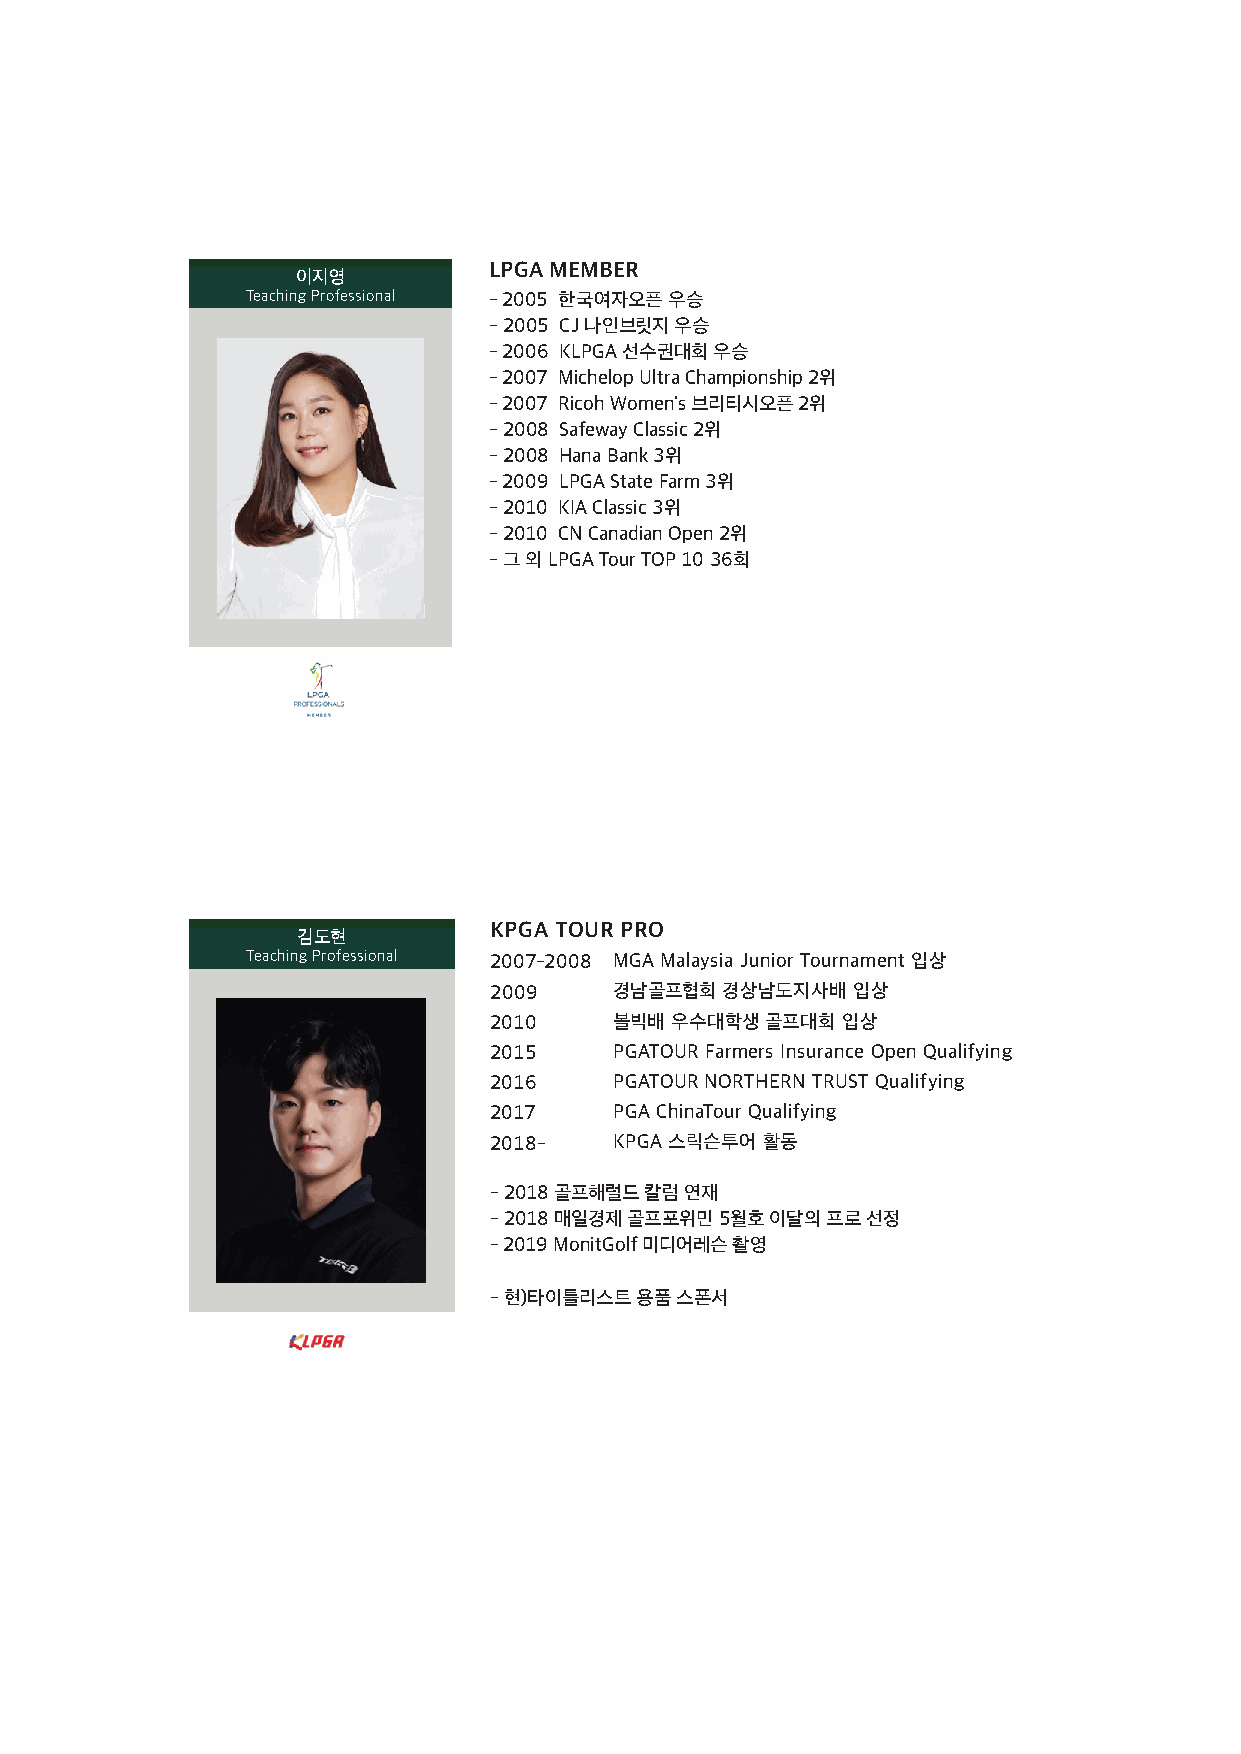
LPGA MEMBER
 이지영
 Teaching Professional - 2005 한국여자오픈 우승
 - 2005 CJ 나인브릿지 우승
 - 2006 KLPGA 선수권대회 우승
 - 2007 Michelop Ultra Championship 2위
 - 2007 Ricoh Women's 브리티시오픈 2위
 - 2008 Safeway Classic 2위
 - 2008 Hana Bank 3위
 - 2009 LPGA State Farm 3위
 - 2010 KIA Classic 3위
 - 2010 CN Canadian Open 2위
 - 그 외 LPGA Tour TOP 10 36회
 KPGA TOUR PRO
 김도현
 Teaching Professional 2007-2008 MGA Malaysia Junior Tournament 입상
 2009     경남골프협회 경상남도지사배 입상
 2010     볼빅배 우수대학생 골프대회 입상
 2015     PGATOUR Farmers Insurance Open Qualifying
 2016     PGATOUR NORTHERN TRUST Qualifying
 2017     PGA ChinaTour Qualifying
 2018-    KPGA 스릭슨투어 활동
 - 2018 골프해럴드 칼럼 연재
 - 2018 매일경제 골프포위민 5월호 이달의 프로 선정
 - 2019 MonitGolf 미디어레슨 촬영
 - 현)타이틀리스트 용품 스폰서